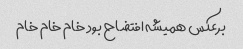
برعکس همیشه افتضاح بود خام خام خام